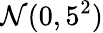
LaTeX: \mathcal{N}(0,5^{2})